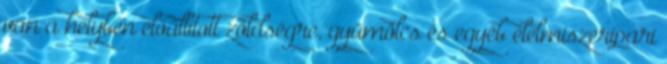
van a helyben előállított zöldségre, gyümölcs és egyéb élelmiszeripari